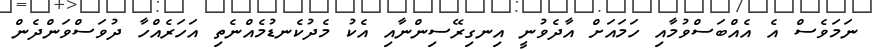
ނަމަވެސް އެ އެއްބަސްވުމާއި ހަމައަށް އާދެވުނީ އިނގިރޭސިންނާއި އެކު މެދުކެނޑުމެއްނެތި އަހަރެއްހާ ދުވަސްވަންދެން